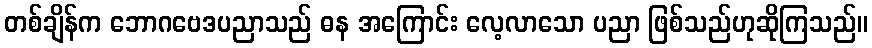
တစ်ချိန်က ဘောဂဗေဒပညာသည် ဓန အကြောင်း လေ့လာသော ပညာ ဖြစ်သည်ဟုဆိုကြသည်။